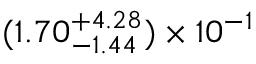
( 1 . 7 0 _ { - 1 . 4 4 } ^ { + 4 . 2 8 } ) \times 1 0 ^ { - 1 }